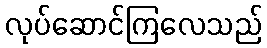
လုပ်ဆောင်ကြလေသည်